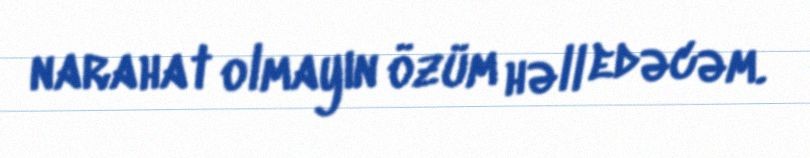
narahat olmayın özüm həll edəcəm.